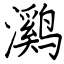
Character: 㶉